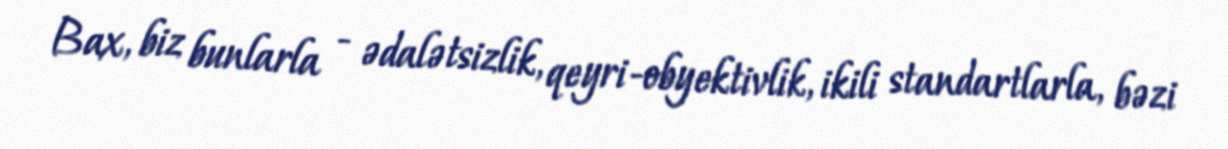
Bax, biz bunlarla - ədalətsizlik, qeyri-obyektivlik, ikili standartlarla, bəzi